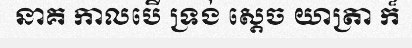
នាគ កាលបើ ទ្រង់ ស្តេច យាត្រា ក៏